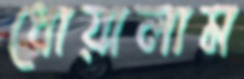
ধোয়ালাম